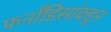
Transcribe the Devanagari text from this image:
फर्नांडिसांकडून